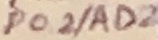
Text: P0.2/AD2